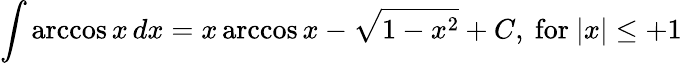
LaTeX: \int\operatorname{arccos}{x}\, dx=x\operatorname{arccos}{x}-{\sqrt{1-x^{2}}}+C,{\mathrm{~for~}}\vert x\vert\leq+1